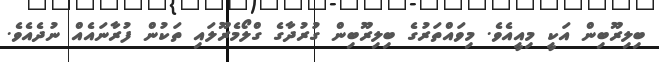
ބިލިރޫބިން އަކީ މިއީއެވެ. މިވައްތަރުގެ ބިލިރޫބިން ގުރުދާގެ ގްލޯމެރޫލައި ތަކުން ފުރާނައެއް ނުދެއެވެ.